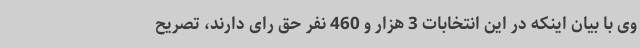
وی با بیان اینکه در این انتخابات 3 هزار و 460 نفر حق رای دارند، تصریح